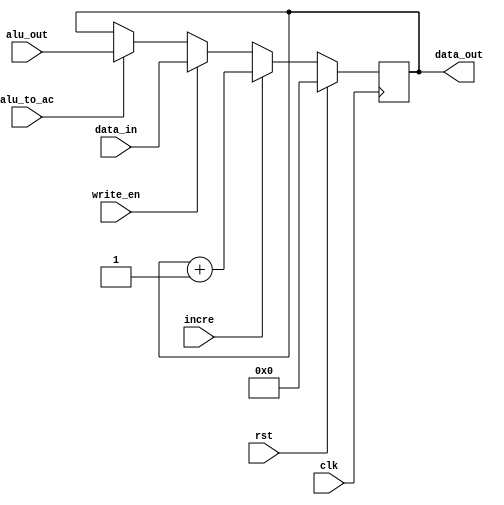
`timescale 1ns / 1ps

module ACRegister(clk,data_in,data_out,write_en,alu_to_ac,alu_out,incre,rst);

localparam
word_size = 24;

input clk,write_en;
input incre,rst;
input alu_to_ac;
input [word_size-1:0] data_in;
input [word_size-1:0] alu_out;
output [word_size-1:0] data_out;
reg [word_size-1:0] data_out=0;


always @(posedge clk)
	begin
		if (rst)
        	data_out <= 0;
		else if (incre)
			data_out <= data_out + 16'b1;
		else if (write_en)
			data_out <= data_in;
		else if (alu_to_ac)
         data_out <= alu_out;
	end

endmodule